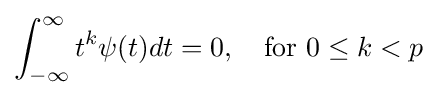
\int _{-\infty }^{\infty }t^{k}\psi (t)dt=0,\quad {\text{for}}\ 0\leq k<p